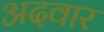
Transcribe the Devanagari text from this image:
अदवार